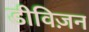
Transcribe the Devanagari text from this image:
डीविज़न